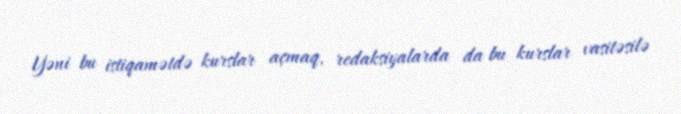
Yəni bu istiqamətdə kurslar açmaq, redaksiyalarda da bu kurslar vasitəsilə